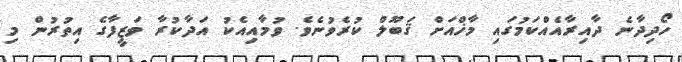
ހޯދިދާނެ ދާއިރާއެއްކަމުގައި މާޚްއަށް ޤަބޫލް ކުރެވުނެވެ. ވުމާއިއެކު އަދާކުރާ ވަޒީފާގެ އިތުރުން މި